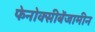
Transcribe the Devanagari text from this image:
फेनोक्सीबेंजामीन